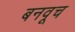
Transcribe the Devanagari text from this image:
बनवूच